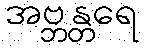
အဗ္ဘန္တရေ